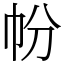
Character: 帉